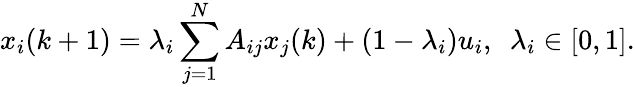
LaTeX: x_{i}(k+1)=\lambda_{i}\sum_{j=1}^{N}A_{ij}x_{j}(k)+(1-\lambda_{i})u_{i},\ \ \lambda_{i}\in[0,1].